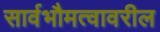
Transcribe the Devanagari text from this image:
सार्वभौमत्वावरील